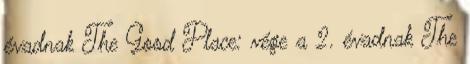
évadnak The Good Place: vége a 2. évadnak The